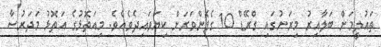
ތައުލީމަށް ބަލާއިރު މިރަށުގައި ގްރޭޑް 10 ގެފެންވަރަށް ކިޔަވައިދެވެއެވެ. މިއަތޮޅުގެ އަތޮޅު މަދަރުސާ